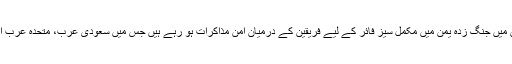
قطر کے نشریاتی ادارے الجزیرہ کے مطابق اقوام متحدہ کے زیر انتظام سوئیڈن میں جنگ زدہ یمن میں مکمل سیز فائر کے لیے فریقین کے درمیان امن مذاکرات ہو رہے ہیں جس میں سعودی عرب، متحدہ عرب امارات، یمن کے حکومتی حکام اور حوثی باغیوں کے نمائندے بھی شریک ہیں۔